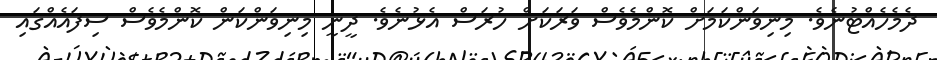
ދެމެހެއްޓުނެވެ. މިނިވަންކަމަށް ކޮންމެވެސް ވަރަކަށް ހުރަސް އެޅުނެވެ. ދީނީ މިނިވަންކަން ކޮންމެވެސް ސިފައެއްގައި